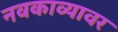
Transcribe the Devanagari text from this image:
नवकाव्यावर